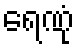
ရေဏုံ